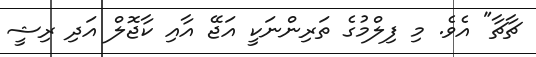
ޗާޗާ" އެވެ. މި ފިލްމުގެ ތަރިންނަކީ އަޖޭ އާއި ކާޖޮލް އަދި ރިޝީ